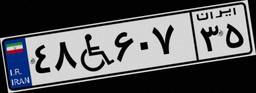
۴۸W۶۰۷۳۵